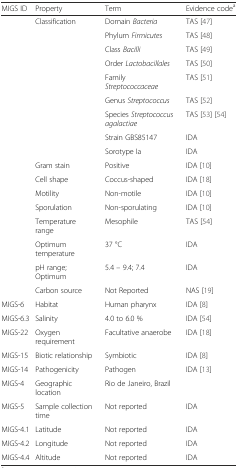
<table><thead><tr><td><b>MIGS ID</b></td><td><b>Property</b></td><td><b>Term</b></td><td><b>Evidence code<sup>a</sup></b></td></tr></thead><tbody><tr><td>[EMPTY_CELL]</td><td>Classification</td><td>Domain <i>Bacteria</i></td><td>TAS [47]</td></tr><tr><td>[EMPTY_CELL]</td><td>[EMPTY_CELL]</td><td>Phylum <i>Firmicutes</i></td><td>TAS [48]</td></tr><tr><td>[EMPTY_CELL]</td><td>[EMPTY_CELL]</td><td>Class <i>Bacilli</i></td><td>TAS [49]</td></tr><tr><td>[EMPTY_CELL]</td><td>[EMPTY_CELL]</td><td>Order <i>Lactobacillales</i></td><td>TAS [50]</td></tr><tr><td>[EMPTY_CELL]</td><td>[EMPTY_CELL]</td><td>Family <i>Streptococcaceae</i></td><td>TAS [51]</td></tr><tr><td>[EMPTY_CELL]</td><td>[EMPTY_CELL]</td><td>Genus <i>Streptococcus</i></td><td>TAS [52]</td></tr><tr><td>[EMPTY_CELL]</td><td>[EMPTY_CELL]</td><td>Species <i>Streptococcus agalactiae</i></td><td>TAS [53] [54]</td></tr><tr><td>[EMPTY_CELL]</td><td>[EMPTY_CELL]</td><td>Strain GBS85147</td><td>IDA</td></tr><tr><td>[EMPTY_CELL]</td><td>[EMPTY_CELL]</td><td>Sorotype Ia</td><td>IDA</td></tr><tr><td>[EMPTY_CELL]</td><td>Gram stain</td><td>Positive</td><td>IDA [10]</td></tr><tr><td>[EMPTY_CELL]</td><td>Cell shape</td><td>Coccus-shaped</td><td>IDA [18]</td></tr><tr><td>[EMPTY_CELL]</td><td>Motility</td><td>Non-motile</td><td>IDA [10]</td></tr><tr><td>[EMPTY_CELL]</td><td>Sporulation</td><td>Non-sporulating</td><td>IDA [10]</td></tr><tr><td>[EMPTY_CELL]</td><td>Temperature range</td><td>Mesophile</td><td>TAS [54]</td></tr><tr><td>[EMPTY_CELL]</td><td>Optimum temperature</td><td>37 °C</td><td>IDA</td></tr><tr><td>[EMPTY_CELL]</td><td>pH range; Optimum</td><td>5.4 – 9.4; 7.4</td><td>IDA</td></tr><tr><td>[EMPTY_CELL]</td><td>Carbon source</td><td>Not Reported</td><td>NAS [19]</td></tr><tr><td>MIGS-6</td><td>Habitat</td><td>Human pharynx</td><td>IDA [8]</td></tr><tr><td>MIGS-6.3</td><td>Salinity</td><td>4.0 to 6.0 %</td><td>IDA [54]</td></tr><tr><td>MIGS-22</td><td>Oxygen requirement</td><td>Facultative anaerobe</td><td>IDA [18]</td></tr><tr><td>MIGS-15</td><td>Biotic relationship</td><td>Symbiotic</td><td>IDA [8]</td></tr><tr><td>MIGS-14</td><td>Pathogenicity</td><td>Pathogen</td><td>IDA [13]</td></tr><tr><td>MIGS-4</td><td>Geographic location</td><td>Rio de Janeiro, Brazil</td><td>[EMPTY_CELL]</td></tr><tr><td>MIGS-5</td><td>Sample collection time</td><td>Not reported</td><td>IDA</td></tr><tr><td>MIGS-4.1</td><td>Latitude</td><td>Not reported</td><td>IDA</td></tr><tr><td>MIGS-4.2</td><td>Longitude</td><td>Not reported</td><td>IDA</td></tr><tr><td>MIGS-4.4</td><td>Altitude</td><td>Not reported</td><td>IDA</td></tr></tbody></table>